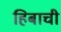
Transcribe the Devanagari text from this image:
हिबाची